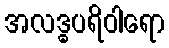
အလဒ္ဓပရိဝါရော